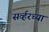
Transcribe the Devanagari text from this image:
सर्व्हरच्या